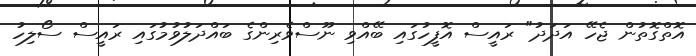
އޮތްގޮތުން ޖެހޭ އަދަދު" ރައީސް އޮފީހުގައި ބޭއްވި ނޫސްވެރިންގެ ބައްދަލުވުމުގައި ރައީސް ސޯލިހު